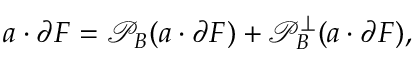
a \cdot \partial F = { \mathcal { P } } _ { B } ( a \cdot \partial F ) + { \mathcal { P } } _ { B } ^ { \perp } ( a \cdot \partial F ) ,